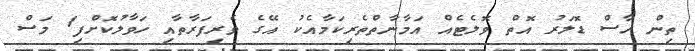
ތިން ހާސް ޑޮލަރު އޮތް ވޮލެޓެއް އަމާނާތްތެރިކަމާއެކު އޭގެ ވެރިފަރާތާއި ހަވާލުކޮށްފި1 މަސް